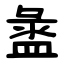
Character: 盝